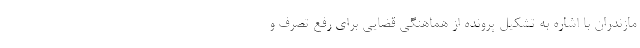
مازندران با اشاره به تشکیل پرونده از هماهنگی قضایی برای رفع تصرف و